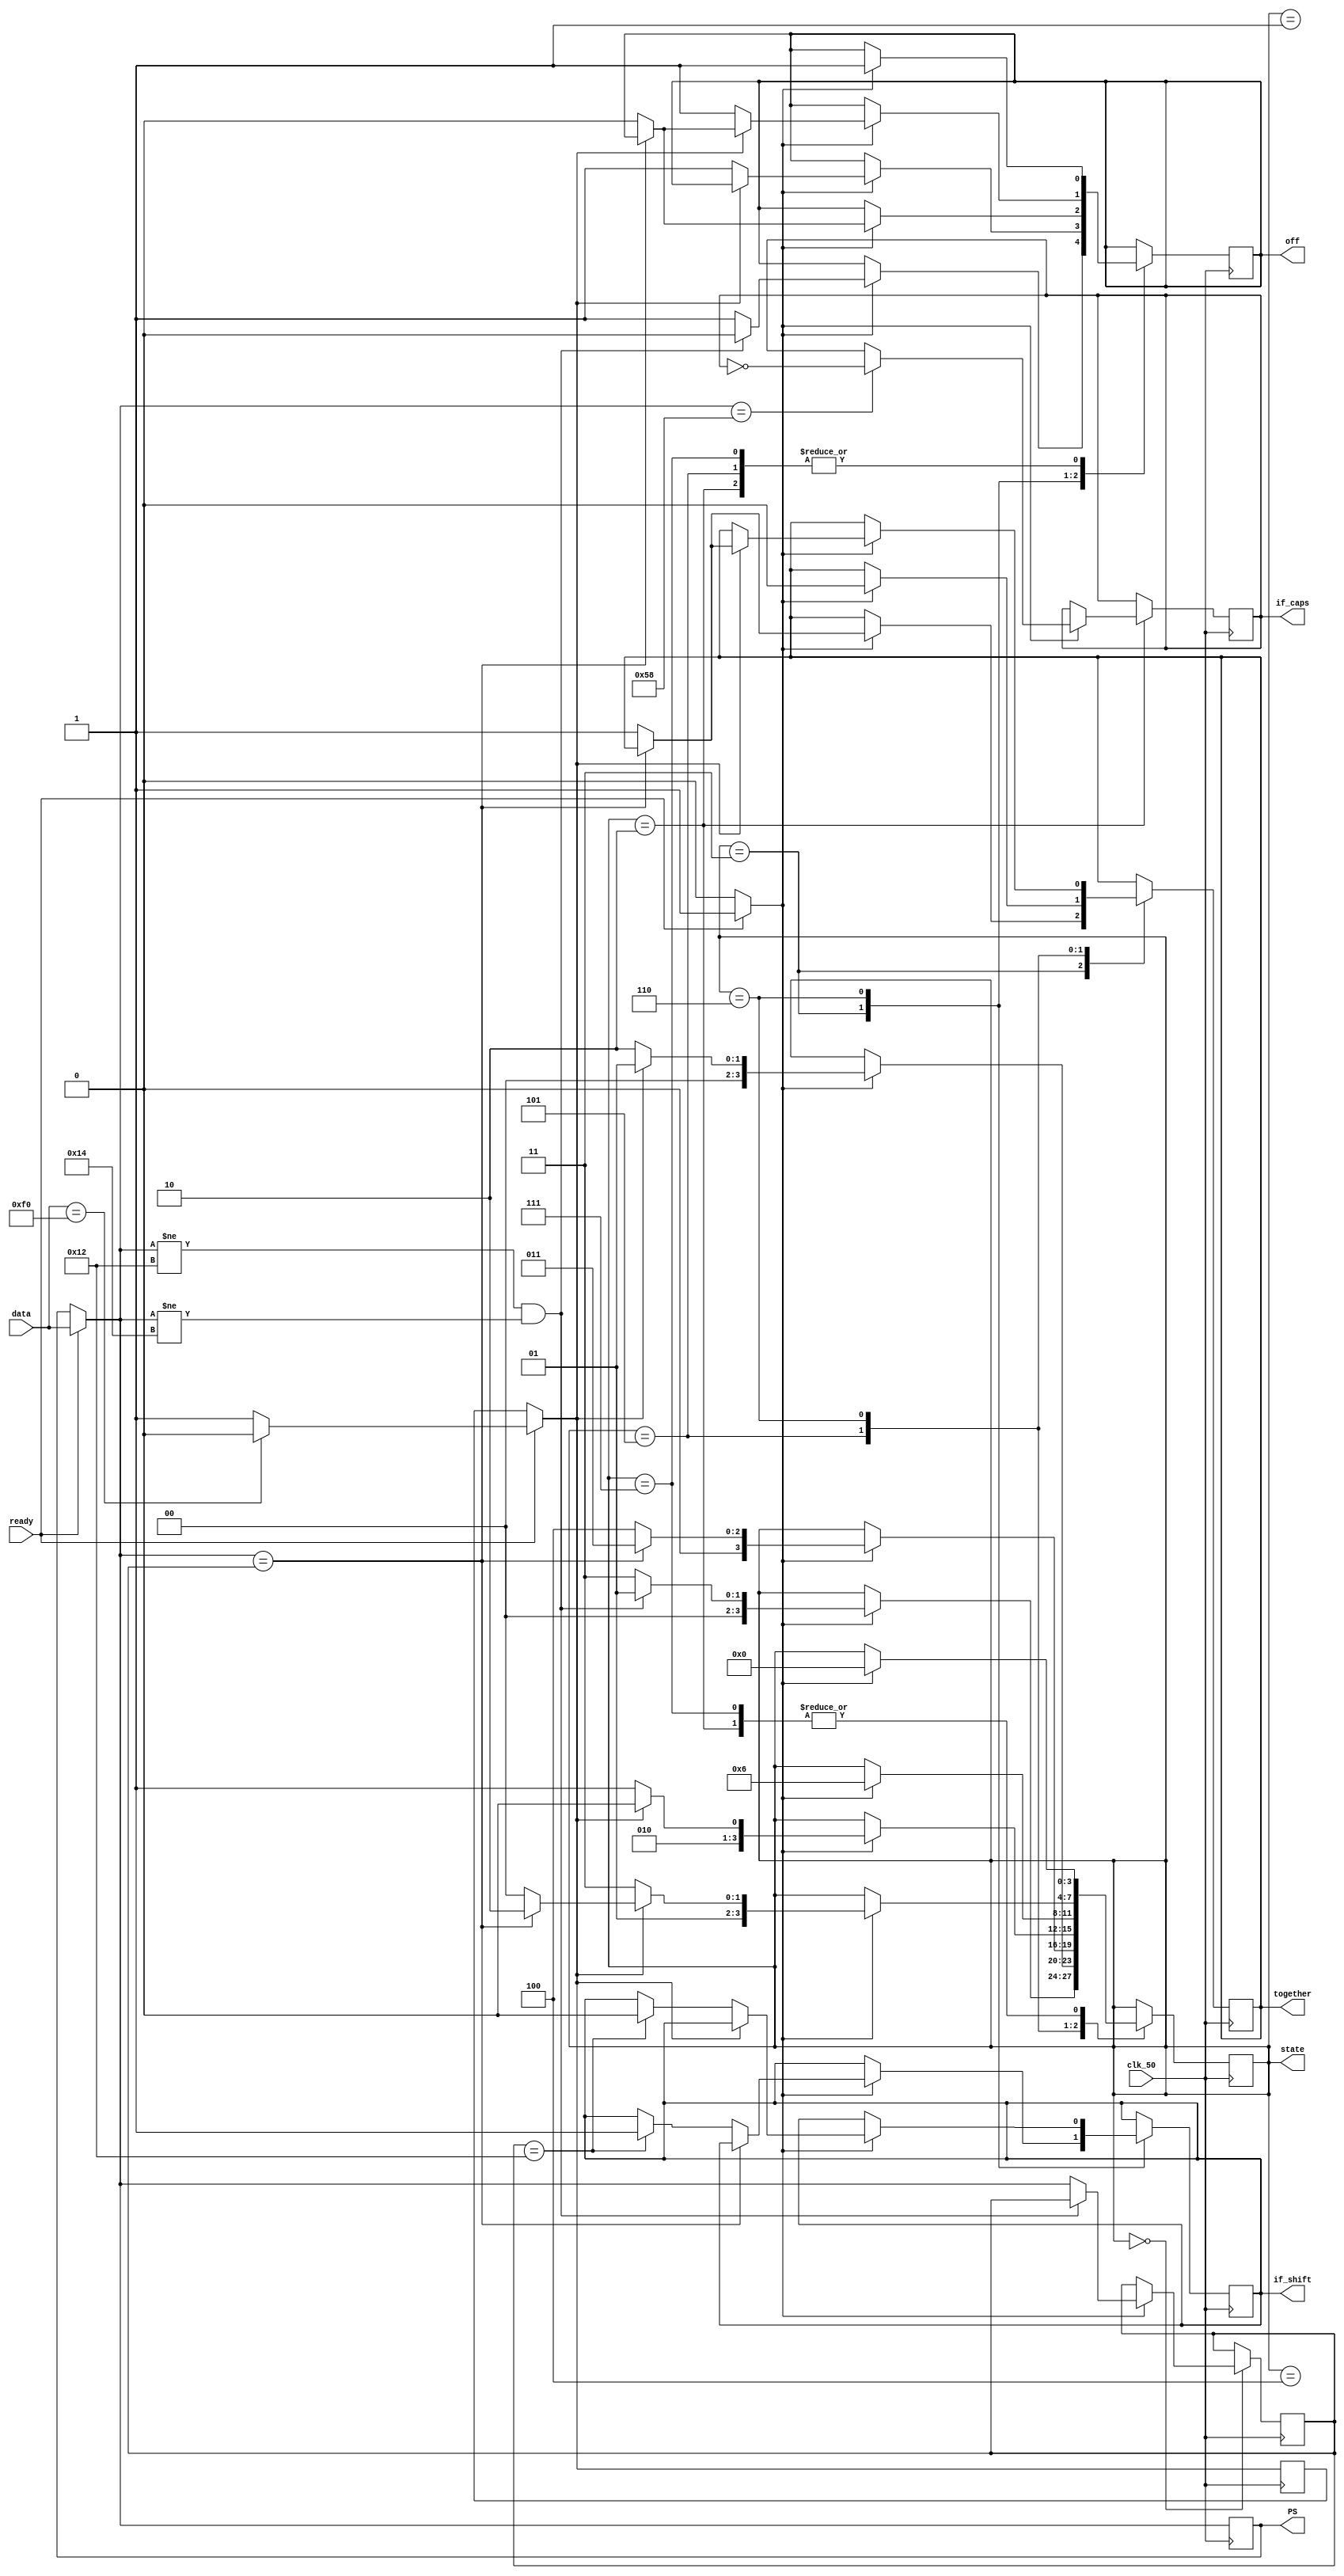
module higher(clk_50,ready,data,PS,together,if_caps,if_shift,off,state);
input ready,clk_50;
input [7:0] data;
output reg [7:0] PS;
reg not_f0;//
reg next;
output reg together,if_caps,if_shift,off;
output reg [3:0] state;
parameter Start = 0, A = 1, B = 2, C = 3, D = 4, E = 5, F = 6, G = 7;
reg [7:0] PS_temp;

initial
begin
state = 0;together = 0;off = 1;if_caps = 0;if_shift = 0;
end
always @(posedge clk_50)
	begin
		if(ready)
		begin
		PS = data;
		next = 1;//next1,01next?
		//flag = 1;
		if(PS == 8'b11110000) not_f0 = 0;
		else not_f0 = 1;
		end
		else next = 0;//next0counter,off0	
	case(state)//
		Start:
		begin
			if(next)
			begin
			if(PS != 8'b00010010 && PS != 8'b00010100)//shift/ctrl
			begin
			state = A;
			off = 0;
			end
			else
			begin
			PS_temp = PS;//shift/ctrl	
			state = C;
			off = 1;
			end
			end
			else off = off;
		end
		A:
		begin
		if(next)
		begin
			if(not_f0) state = A;
			else begin state = B; off = 1; end
		end
		else off = off;
		end
		B:
		begin
		if(next)
		begin
			state = Start;
			off = 1;
			if(PS == 8'b01011000) if_caps = ~if_caps;
		end
		else off = off;
		end
		C:
		begin
		if(next)
		begin
			if(PS == PS_temp) state = C;
			else
			begin
				state = D; off = 0;
				together = 1;
				if(PS_temp == 8'b00010010) if_shift = 1;
				else if_shift = if_shift;
			end
		end
		else off = off;
		end
		D:
		begin
		if(next)
		begin
			if(not_f0) state = D;
			else state = E;
		end
		else off = off;
		end
		E:
		begin
		if(next)
		begin
			state = F;
			together = 0;
			off = 1;
		end
		else off = off;
		end
		F:
		begin
		if(next)
		begin
			if(not_f0)
			begin
				if(PS == PS_temp) state = F;
				else 
				begin
					
					together = 1;
					off = 0;
					state = D;
				end
			end
			else 
			begin
				state = G;
				
				off = 1;
				if(PS_temp == 8'b00010010) if_shift = 0;
				else if_shift = if_shift;
			end
		end
		else off = off;
		end
		G:
		begin
		if(next)
			begin state = Start;off = 1; end
		else off = off;
		end
		endcase
	end
endmodule